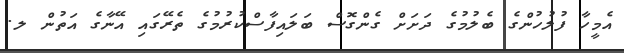
އެމީހާ ފުލުހުންގެ ބެލުމުގެ ދަށަށް ގެންގޮސް ބަލައިފާސްކުރުމުގެ ތެރޭގައި އޭނާގެ އަތުން ލ.